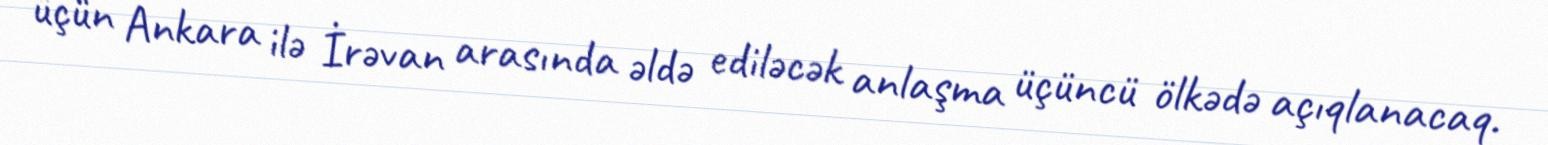
üçün Ankara ilə İrəvan arasında əldə ediləcək anlaşma üçüncü ölkədə açıqlanacaq.